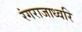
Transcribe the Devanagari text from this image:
रंगराजाध्वरि